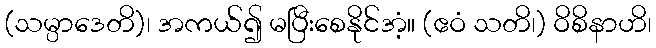
(သမ္ပာဒေတိ)၊ အကယ်၍ မပြီးစေနိုင်အံ့။ (ဧဝံ သတိ၊) ဝိစိနာဟိ၊